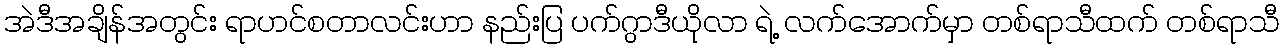
အဲဒီအချိန်အတွင်း ရာဟင်စတာလင်းဟာ နည်းပြ ပက်ဂွာဒီယိုလာ ရဲ့ လက်အောက်မှာ တစ်ရာသီထက် တစ်ရာသီ